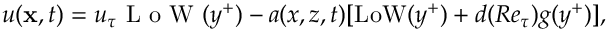
u ( { \bf x } , t ) = u _ { \tau } \mathrm { ~ L ~ o ~ W ~ } ( y ^ { + } ) - a ( x , z , t ) [ \mathrm { L o W } ( y ^ { + } ) + d ( R e _ { \tau } ) g ( y ^ { + } ) ] ,